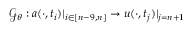
\mathcal { G } _ { \theta } : a ( \cdot , t _ { i } ) | _ { i \in [ n - 9 , n ] } \to u ( \cdot , t _ { j } ) | _ { j = n + 1 }